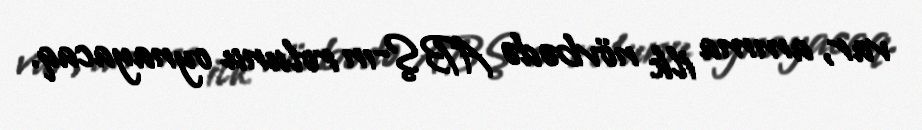
var, amma ilk növbədə ABŞ-ın rolunu oynayacaq.